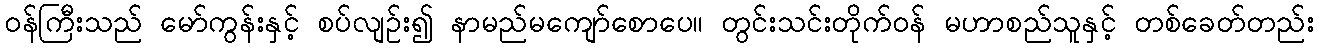
ဝန်ကြီးသည် မော်ကွန်းနှင့် စပ်လျဉ်း၍ နာမည်မကျော်စောပေ။ တွင်းသင်းတိုက်ဝန် မဟာစည်သူနှင့် တစ်ခေတ်တည်း